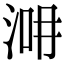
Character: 𣵢